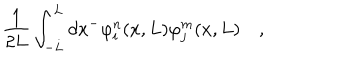
\frac { 1 } { 2 L } \int _ { - L } ^ { L } d x ^ { - } \varphi _ { i } ^ { n } ( x , L ) \varphi _ { j } ^ { m } ( x , L ) \quad ,